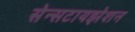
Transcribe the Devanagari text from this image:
सेन्सटायझेशन